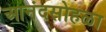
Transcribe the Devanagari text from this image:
आनंदसोहळा